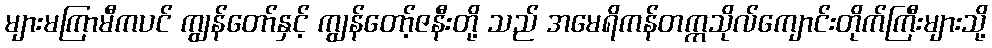
များမကြာမီကပင် ကျွန်တော်နှင့် ကျွန်တော့်ဇနီးတို့ သည် အမေရိကန်တက္ကသိုလ်ကျောင်းတိုက်ကြီးများသို့